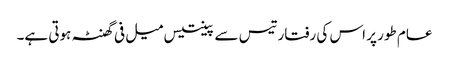
عام طور پر اس کی رفتار تیس سے پینتیس میل فی گھنٹہ ہوتی ہے۔